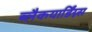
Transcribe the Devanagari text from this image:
ब्लैकयार्डिंग्न्स